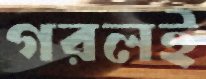
গরলই